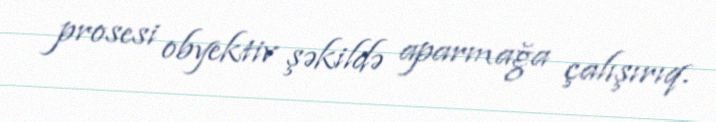
prosesi obyektiv şəkildə aparmağa çalışırıq.